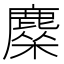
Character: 𬸿